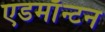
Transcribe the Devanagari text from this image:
एडमाॅन्टन